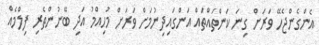
އެންގެންޖެހޭ ވަރަށް ގިނަ ކަންތައްތައް އަންގައިދިނުމަށް ވަރަށް މުހިއްމު އަދި ބޭނުންތެރި ފިލްމެއް